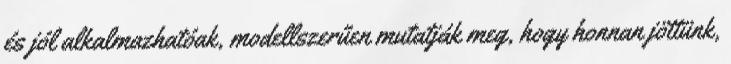
és jól alkalmazhatóak, modellszerűen mutatják meg, hogy honnan jöttünk,